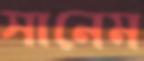
সানেম